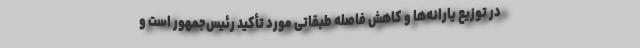
در توزیع یارانه‌ها و کاهش فاصله طبقاتی مورد تأکید رئیس‌جمهور است و